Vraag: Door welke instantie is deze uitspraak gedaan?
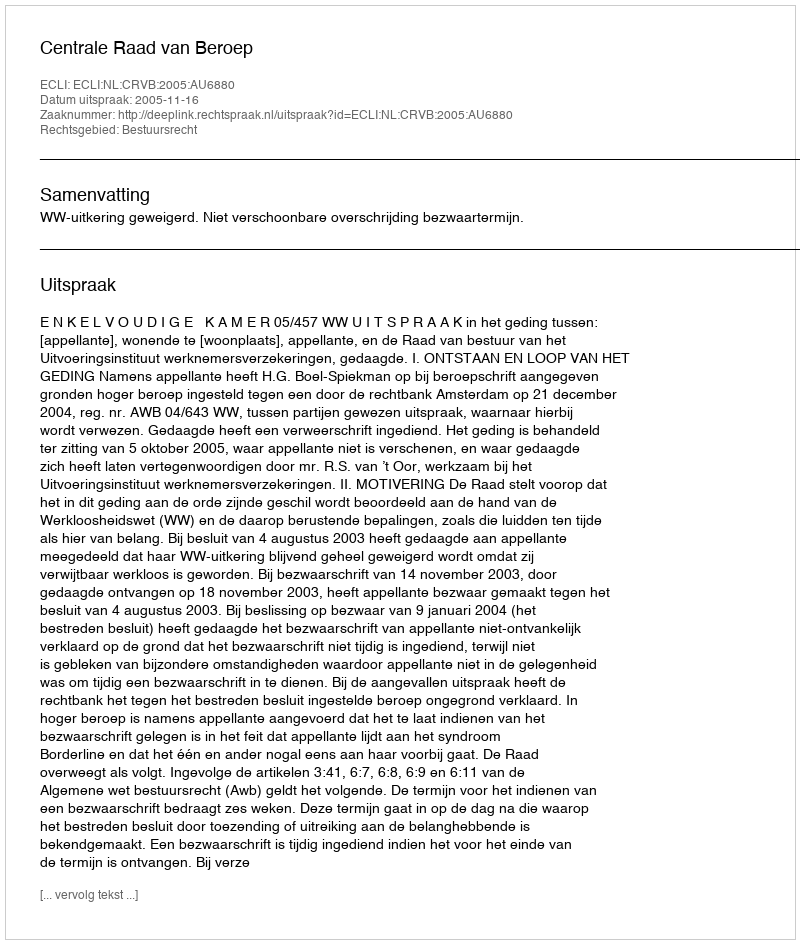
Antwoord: Centrale Raad van Beroep